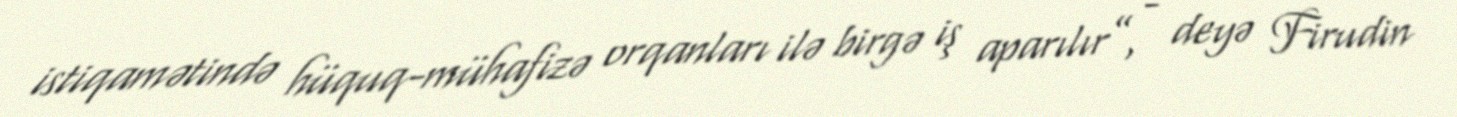
istiqamətində hüquq-mühafizə orqanları ilə birgə iş aparılır”, - deyə Firudin